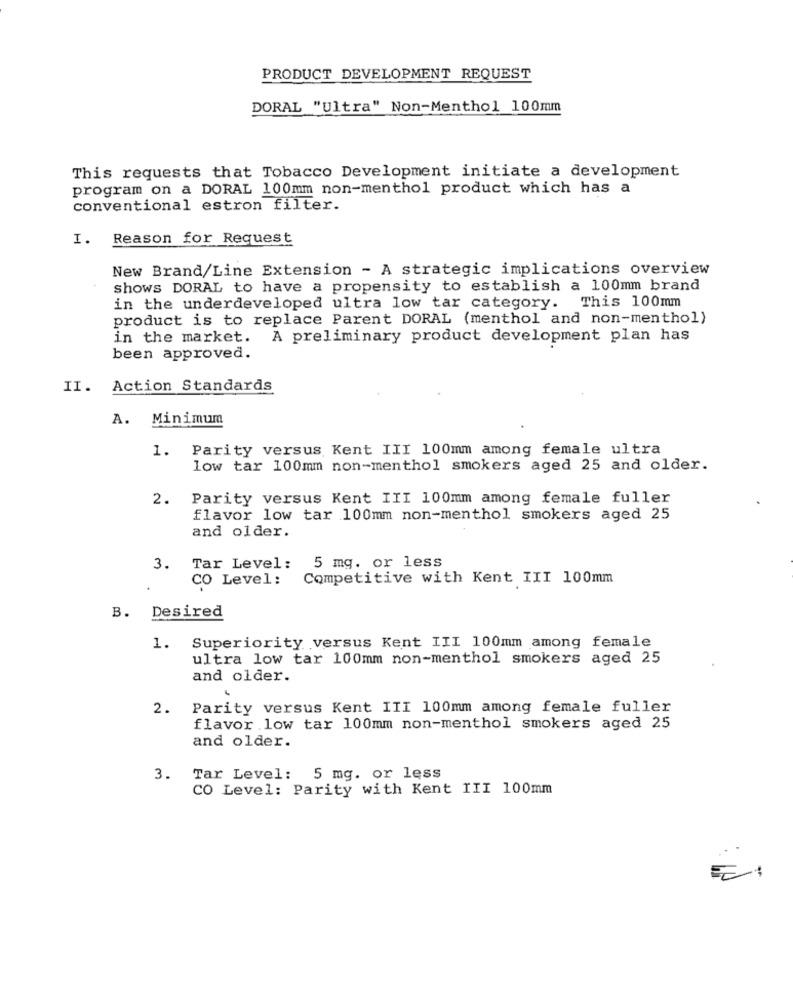
PRODUCT DEVELOPMENT REQUEST
DORAL "Ultra" Non-Menthol 100mm
This requests that Tobacco Development initiate a development
program on a DORAL 100mm non-menthol product which has a
conventional estron filter.
I. Reason for Request
New Brand/Line Extension - A strategic implications overview
shows DORAL to have a propensity to establish a 100mm brand
in the underdeveloped ultra low tar category. This 100mm
product is to replace Parent DORAL (menthol and non-menthol)
in the market. A preliminary product development plan has
been approved.
II. Action Standards
A. Minimum
1.
Parity versus Kent III 100mm among female ultra
low tar 100mm non-menthol smokers aged 25 and older.
2.
Parity versus Kent III 100mm among female fuller
flavor low tar 100mm non-menthol smokers aged 25
and older.
Tar Level: 5 mg. or less
3.
CO Level:
Competitive with Kent III 100mm
B.
Desired
1. Superiority versus Kent III 100mm among female
ultra low tar 100mm non-menthol smokers aged 25
and older.
2.
Parity versus Kent III 100mm among female fuller
flavor .low tar 100mm non-menthol smokers aged 25
and older.
3.
Tar Level: 5 mg. or less
CO Level: Parity with Kent III 100mm